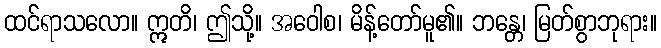
ထင်ရာသလော။ ဣတိ၊ ဤသို့။ အဝေါစ၊ မိန့်တော်မူ၏။ ဘန္တေ၊ မြတ်စွာဘုရား။